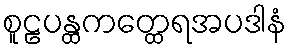
စူဠပန္ထကတ္ထေရအပဒါနံ